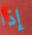
إذا